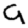
Digit: 9